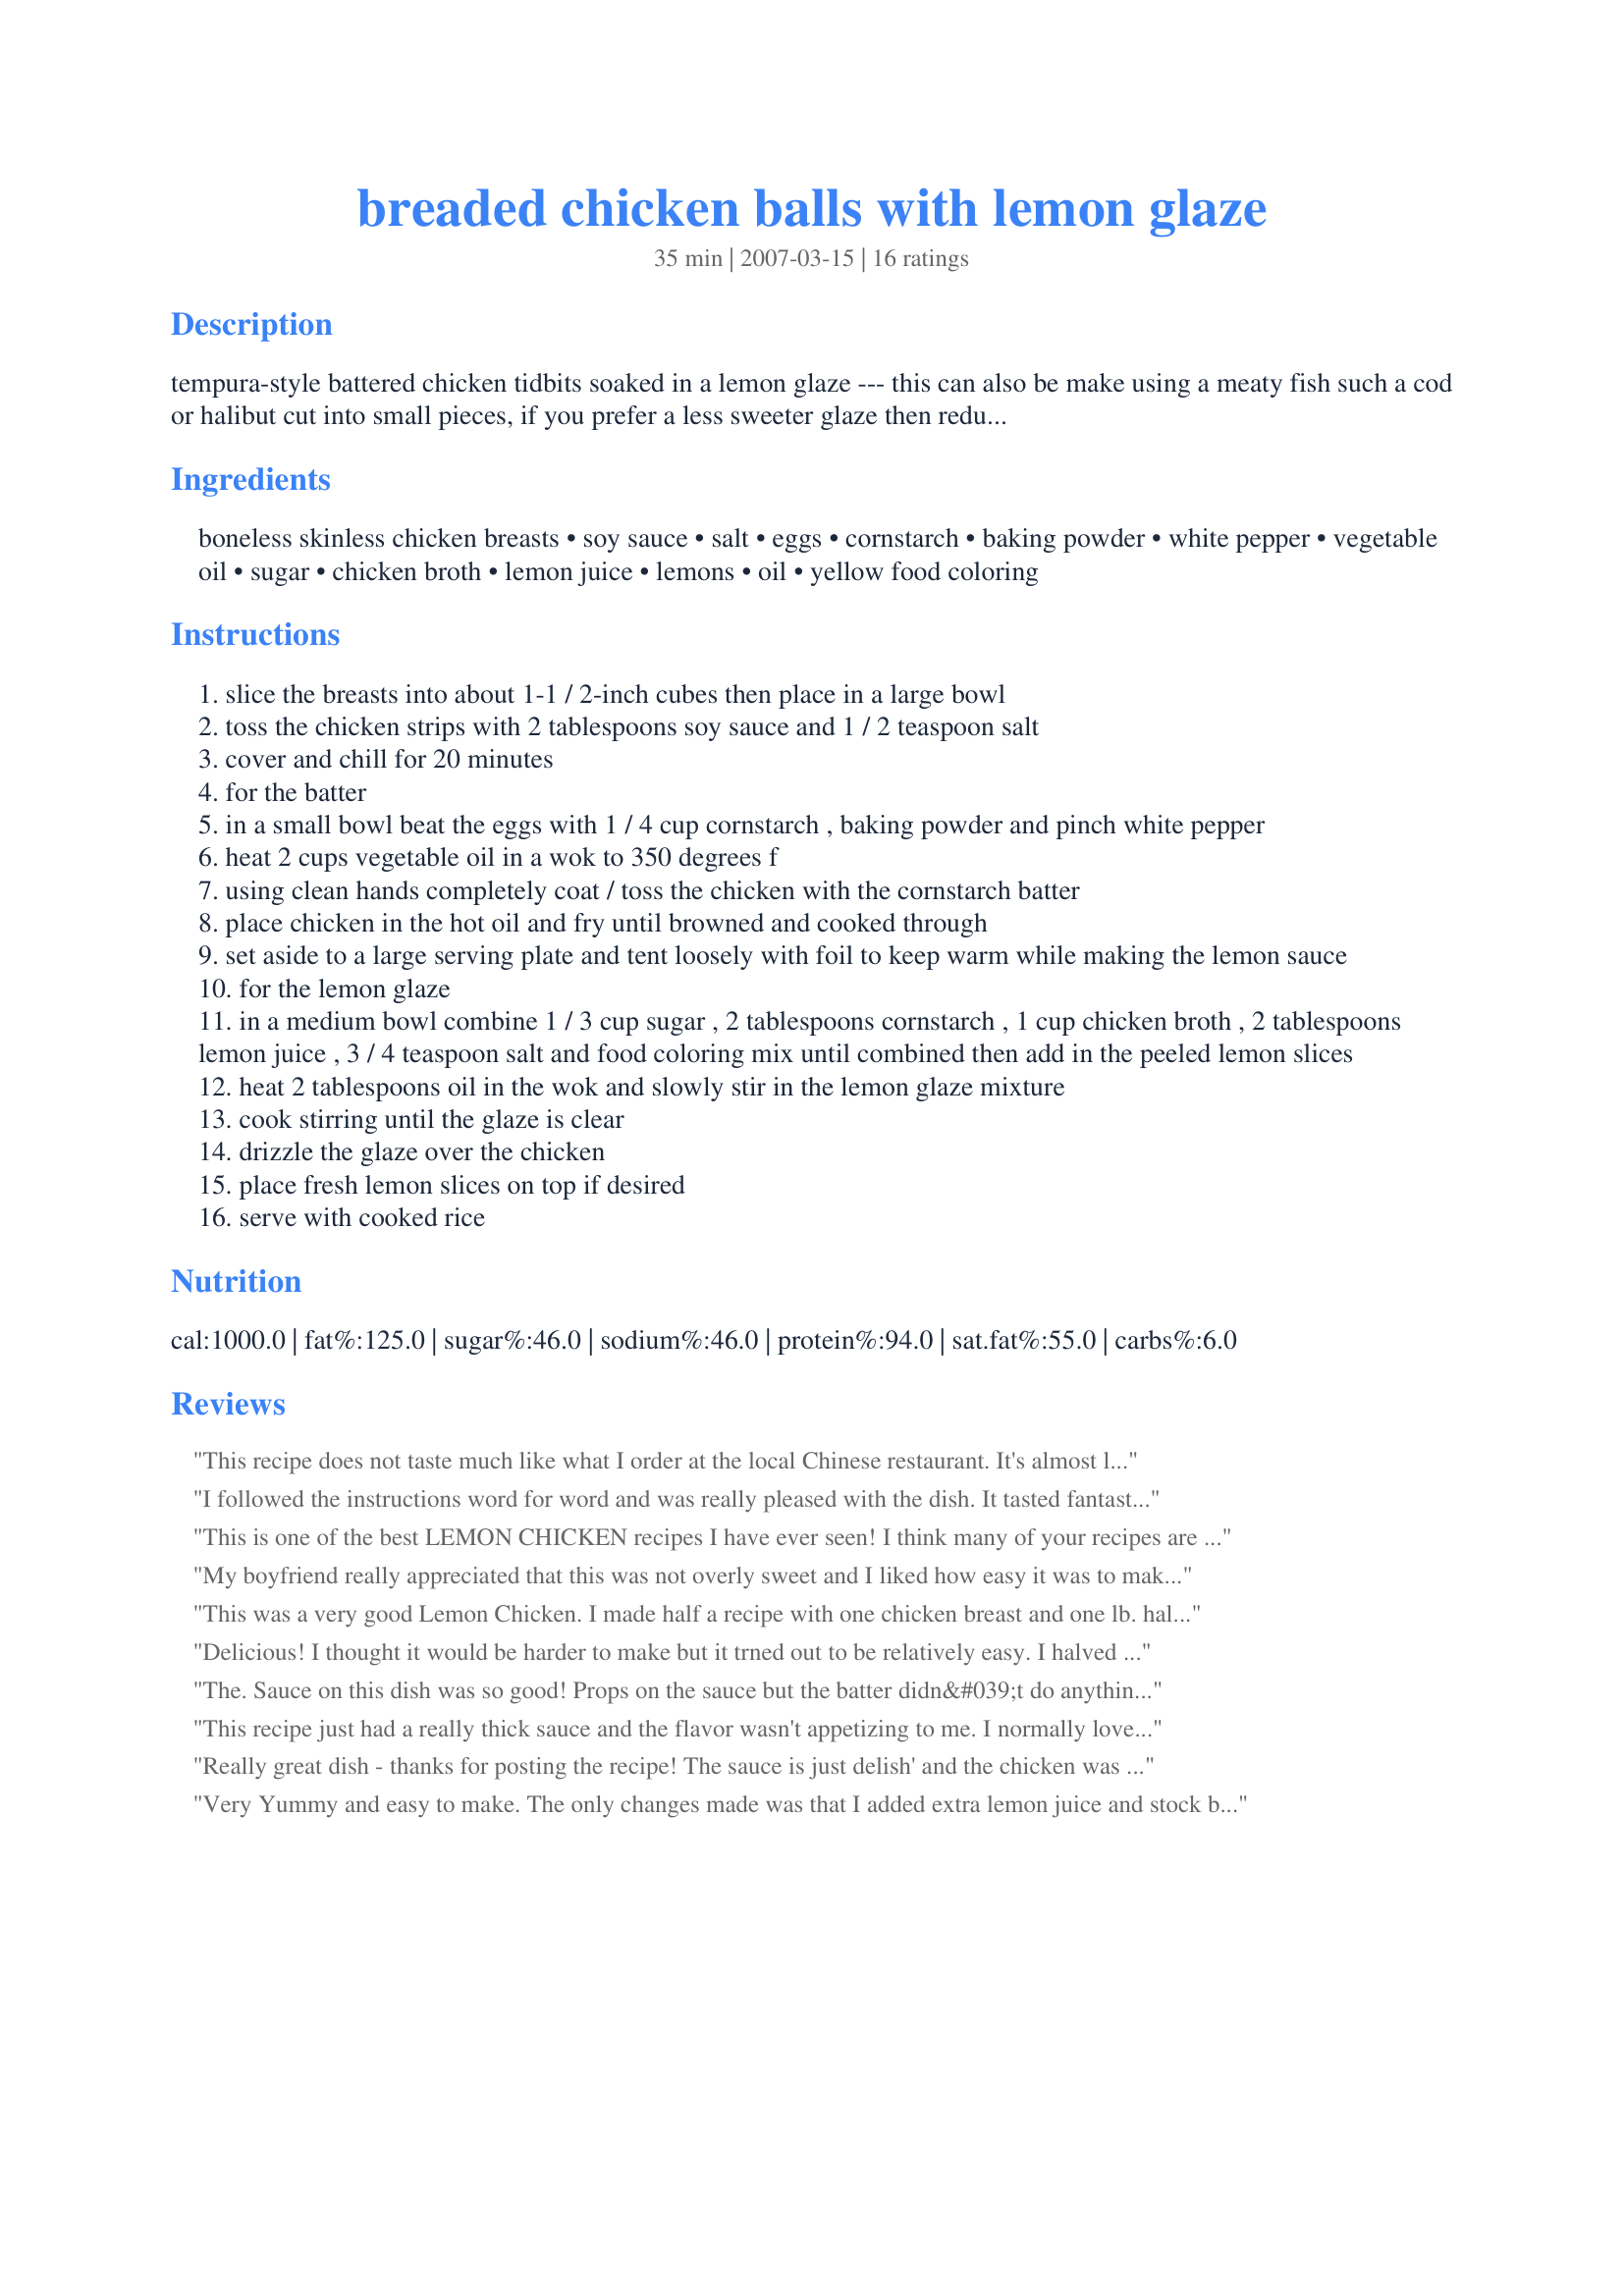
breaded chicken balls with lemon glaze
Preparation time: 35 minutes

tempura-style battered chicken tidbits soaked in a lemon glaze --- this can also be make using a meaty fish such a cod or halibut cut into small pieces, if you prefer a less sweeter glaze then reduce the sugar by a couple tablespoons --- serve with rice :)

Ingredients:
boneless skinless chicken breasts, soy sauce, salt, eggs, cornstarch, baking powder, white pepper, vegetable oil, sugar, chicken broth, lemon juice, lemons, oil, yellow food coloring

Steps:
slice the breasts into about 1-1 / 2-inch cubes then place in a large bowl
toss the chicken strips with 2 tablespoons soy sauce and 1 / 2 teaspoon salt
cover and chill for 20 minutes
for the batter
in a small bowl beat the eggs with 1 / 4 cup cornstarch , baking powder and pinch white pepper
heat 2 cups vegetable oil in a wok to 350 degrees f
using clean hands completely coat / toss the chicken with the cornstarch batter
place chicken in the hot oil and fry until browned and cooked through
set aside to a large serving plate and tent loosely with foil to keep warm while making the lemon sauce
for the lemon glaze
in a medium bowl combine 1 / 3 cup sugar , 2 tablespoons cornstarch , 1 cup chicken broth , 2 tablespoons lemon juice , 3 / 4 teaspoon salt and food coloring mix until combined then add in the peeled lemon slices
heat 2 tablespoons oil in the wok and slowly stir in the lemon glaze mixture
cook stirring until the glaze is clear
drizzle the glaze over the chicken
place fresh lemon slices on top if desired
serve with cooked rice

Reviews:
This recipe does not taste much like what I order at the local Chinese restaurant. It's almost like ... lemonade chicken. But, it will say, it is extremely delicious! My young kids both had thirds and my husband went back for seconds. Also, I only used 1.5 lbs of chicken and put the extra sauce on top of the rice.
I followed the instructions word for word and was really pleased with the dish. It tasted fantastic and the boyfriend liked it very much! Thanks for sharing it with us, Good Stuff!
This is one of the best LEMON CHICKEN recipes I have ever seen! I think many of your recipes are the best. Good luck and thanks for your submissions...
My boyfriend really appreciated that this was not overly sweet and I liked how easy it was to make the sauce. I served this with some rice and had a lovely dinner!
This was a very good Lemon Chicken. I made half a recipe with one chicken breast and one lb. halibut. I liked the chicken better but both were very good. Served with rice and broccoli.
Delicious! I thought it would be harder to make but it trned out to be relatively easy. I halved the recipe but I ended up with too little batter and had to make a little more toward the end of deep-frying the chicken pieces. The lemon sauce was perfect - not too lemony and not too sweet.
The. Sauce on this dish was so good! Props on the sauce but the batter didn&#039;t do anything for me. I will be experiementing with this to make it better for my taste. I think more off a breaded chicken ball will work better for my taste. Thanks.
This recipe just had a really thick sauce and the flavor wasn't appetizing to me. I normally love lemon chicken but this just didn't work for me.
Really great dish - thanks for posting the recipe! The sauce is just delish' and the chicken was nice and crispy! I just added the chicken, soy sauce and salt to the batter mix and marinated it that way - just as good and faster - just an idea :)
Thanks - it's a keeper!!
Very Yummy and easy to make. The only changes made was that I added extra lemon juice and stock because I liked the sauce a bit thinner and more lemon flavoured.Also I used chicken tenderloins, the chicken just melts in your mouth !!.Definetly making this one again !!
really good even my son enjoyed them.
I don't know what went wrong because I followed the recipe exactly, but the sauce was horrible. I stirred the sauce for over 10 minutes waiting for it to turn clear and it never did. So I figured it wasn't going to, and I tasted it and I think it was the chicken broth that made it taste so bad.
Kit we loved this, my only complaint is next time I will increase the recipe, we always like to order lemon chicken and now I don't have to now that I found this great recipe,, this is a winner, thanks Kit
WOW. So yummy! I did not have lemon slices, so I used 4 tablespoons of lemon juice. I added steamed broccoli. Excellent!
Sauce was good (I'd reduce the sugar by at least 1/4 the required amount)in terms of consistency; the batter for the chicken could be improved on. Mine didn't come out as crispy as I would have liked. Maybe it should be double-fried?
Gorgeous! I used cod and my husband and I loved it. The batter was very unusual and soooo good for fish. So light and non-greasy. The dish was a delight. Thank you!
